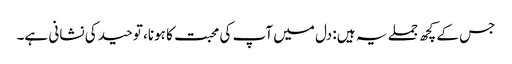
جس کے کچھ جملے یہ ہیں: دل میں آپ کی محبت کا ہونا، توحید کی نشانی ہے۔